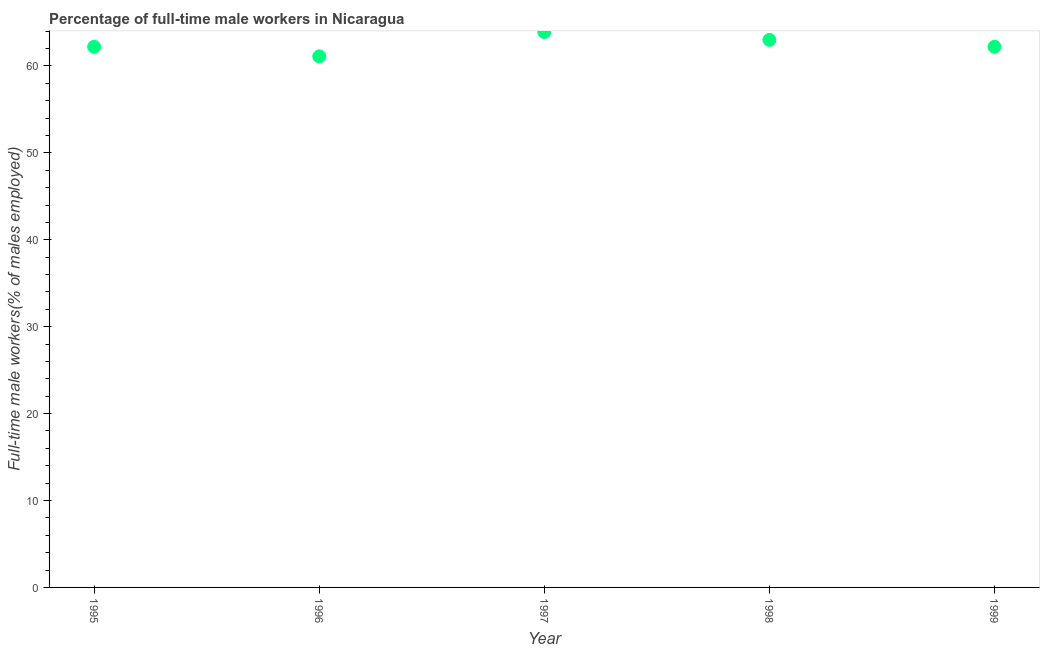
| Year | Wage and salary workers |
 | --- | --- |
 | 1995 | 62.2 |
 | 1996 | 61.1 |
 | 1997 | 63.9 |
 | 1998 | 63 |
 | 1999 | 62.2 |